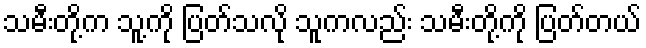
သမီးတို့က သူ့ကို ပြတ်သလို သူကလည်း သမီးတို့ကို ပြတ်တယ်